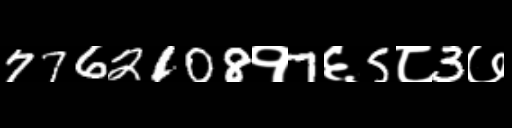
Text: 7762108१7६5८3७